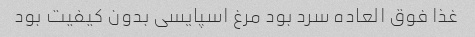
غذا فوق العاده سرد بود مرغ اسپایسی بدون کیفیت بود